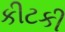
કીટકી